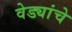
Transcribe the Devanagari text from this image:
वेड्यांचे